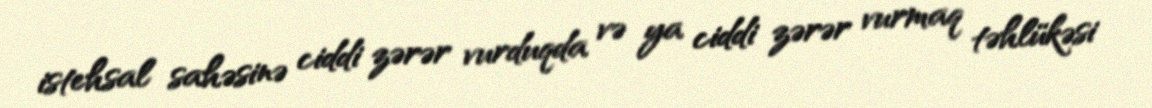
istehsal sahəsinə ciddi zərər vurduqda və ya ciddi zərər vurmaq təhlükəsi